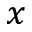
x